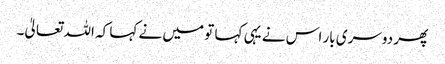
پھر دوسری بار اس نے یہی کہا تو میں نے کہا کہ اللہ تعالیٰ۔